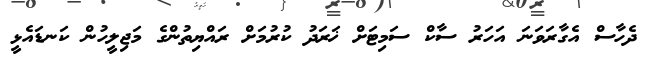
ދެހާސް އެގާރަވަނަ އަހަރު ސާކް ސަމިޓަށް ޚަރަދު ކުރުމަށް ރައްޔިތުންގެ މަޖިލީހުން ކަނޑައެޅީ